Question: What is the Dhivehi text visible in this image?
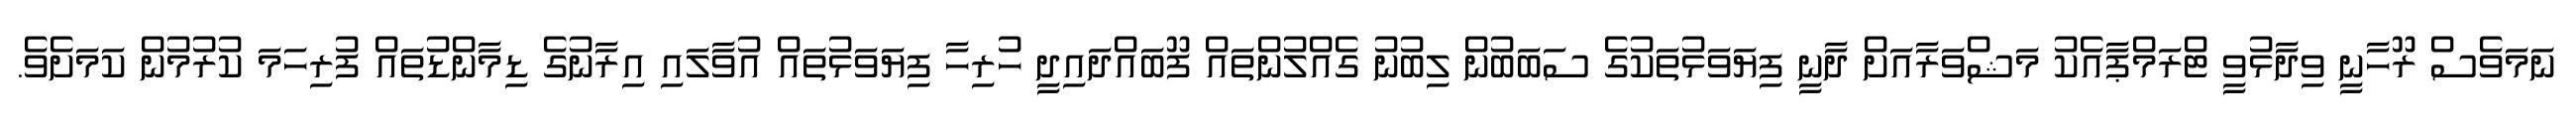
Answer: ނަމަވެސް ރޫހާނީ ވިދާޅުވީ ޓްރަމްޕާއެކު މަޝްވަރާއަށް ދާނީ ފިޔަވަޅުތަކުގެ ސަބަބުން ލިބުނު ގެއްލުންތައް ފޫބައްދައިދީ ހުރިހާ ފިޔަވަޅުތައް އުވާލައި އިރާނުގެ ޑިމާންޑުތައް ފުރިހަމަ ކުރުމުން ކަމަށެވެ.